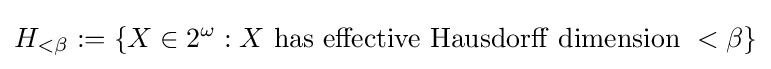
H_{<\beta }:=\{X\in 2^{\omega }:X\ \mathrm {has\ effective\ Hausdorff\ dimension\ } <\beta \}